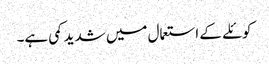
کوئلے کے استعمال میں شدید کمی ہے۔